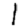
Digit: 1